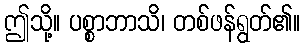
ဤသို့။ ပစ္စာဘာသိ၊ တစ်ဖန်ရွတ်၏။